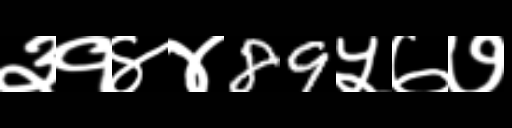
Text: ३१४४89५७७